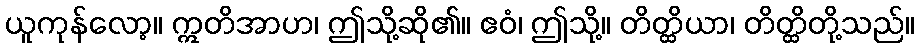
ယူကုန်လော့။ ဣတိအာဟ၊ ဤသို့ဆို၏။ ဧဝံ၊ ဤသို့။ တိတ္ထိယာ၊ တိတ္ထိတို့သည်။